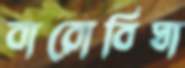
বারোবিঘা